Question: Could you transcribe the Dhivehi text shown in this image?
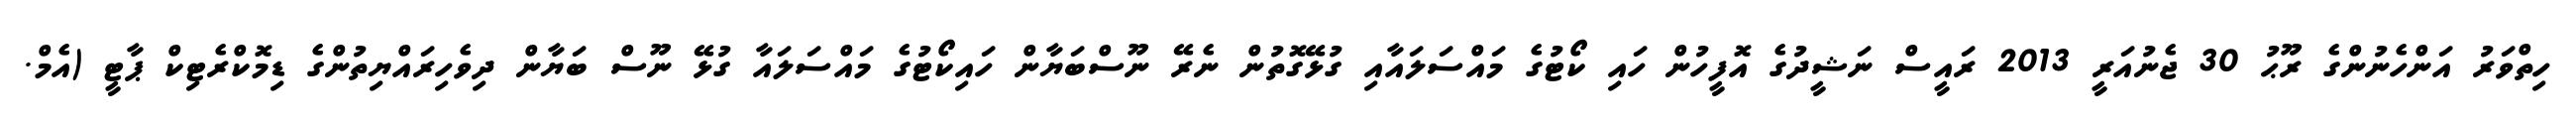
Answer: ހިތްވަރު އަންހެނުންގެ ރޫޙު 30 ޖެނުއަރީ 2013 ރައީސް ނަޝީދުގެ އޮފީހުން ހައި ކޯޓުގެ މައްސަލައާއި ގުޅޭގޮތުން ނެރޭ ނޫސްބަޔާން ހައިކޯޓުގެ މައްސަލައާ ގުޅޭ ނޫސް ބަޔާން ދިވެހިރައްޔިތުންގެ ޑިމޮކްރެޓިކް ޕާޓީ (އެމް.